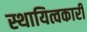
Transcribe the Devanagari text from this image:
स्थायित्वकारी